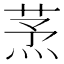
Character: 𦱻